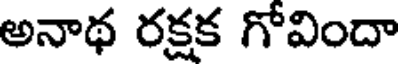
అనాథ రక్షక గోవిందా